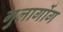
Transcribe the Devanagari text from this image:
गुलागोंग